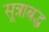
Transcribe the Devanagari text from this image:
सूत्राबद्ध